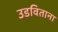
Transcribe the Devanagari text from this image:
उडविताना